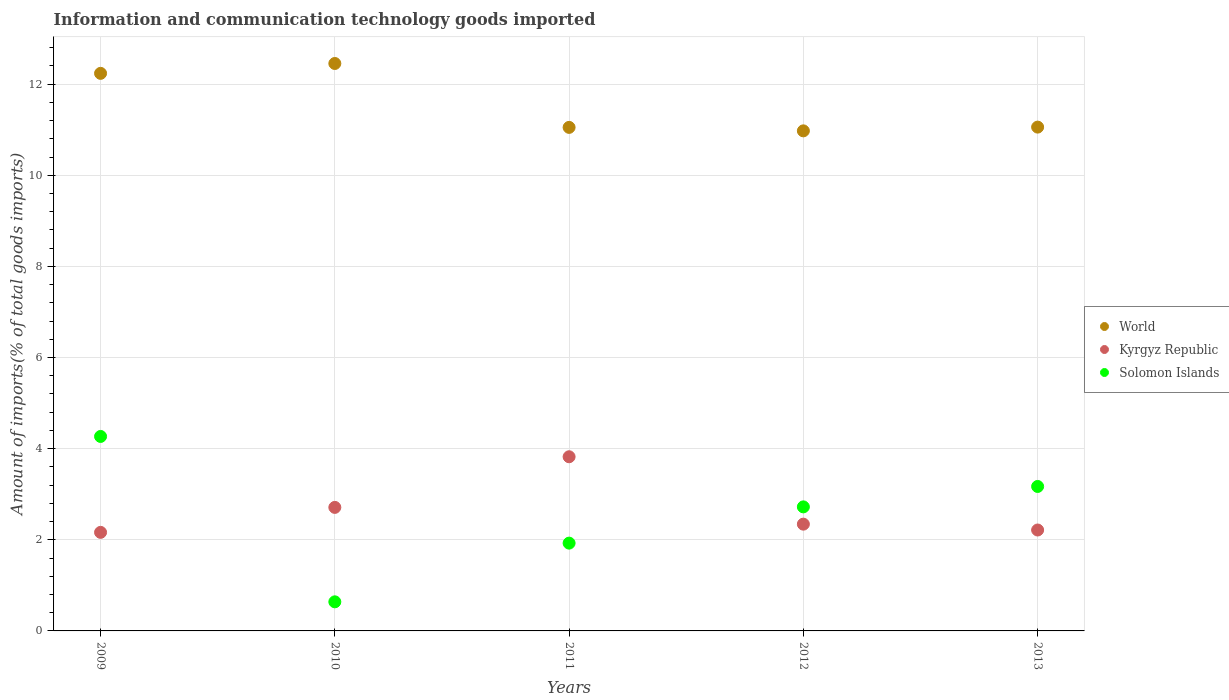
| Years | World | Kyrgyz Republic | Solomon Islands |
 | --- | --- | --- | --- |
 | 2009 | 12.2 | 2.16 | 4.27 |
 | 2010 | 12.5 | 2.71 | 0.639 |
 | 2011 | 11.1 | 3.82 | 1.93 |
 | 2012 | 11 | 2.34 | 2.72 |
 | 2013 | 11.1 | 2.21 | 3.17 |